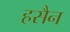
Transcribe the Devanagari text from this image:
हसैन